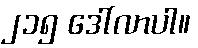
၂၁၅ ဒေါ်လာပါ။